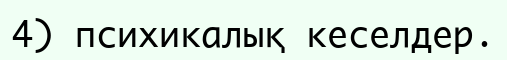
4) психикалық кеселдер.